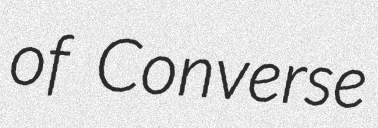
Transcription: of Converse